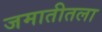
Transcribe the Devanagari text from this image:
जमातीतला